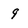
Character: 9